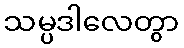
သမ္ပဒါလေတွာ